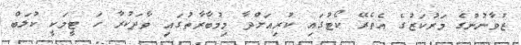
ޒުވާނުންގެ މަރުކަޒުގެ އެތެރޭ ކޯޓުގައި ކުރިއަށްދާ މިމުބާރާތުގައި ވާދަކުރާ ހަ ޓީމަކީ ކުލަބް